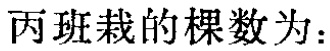
丙班栽的棵数为：